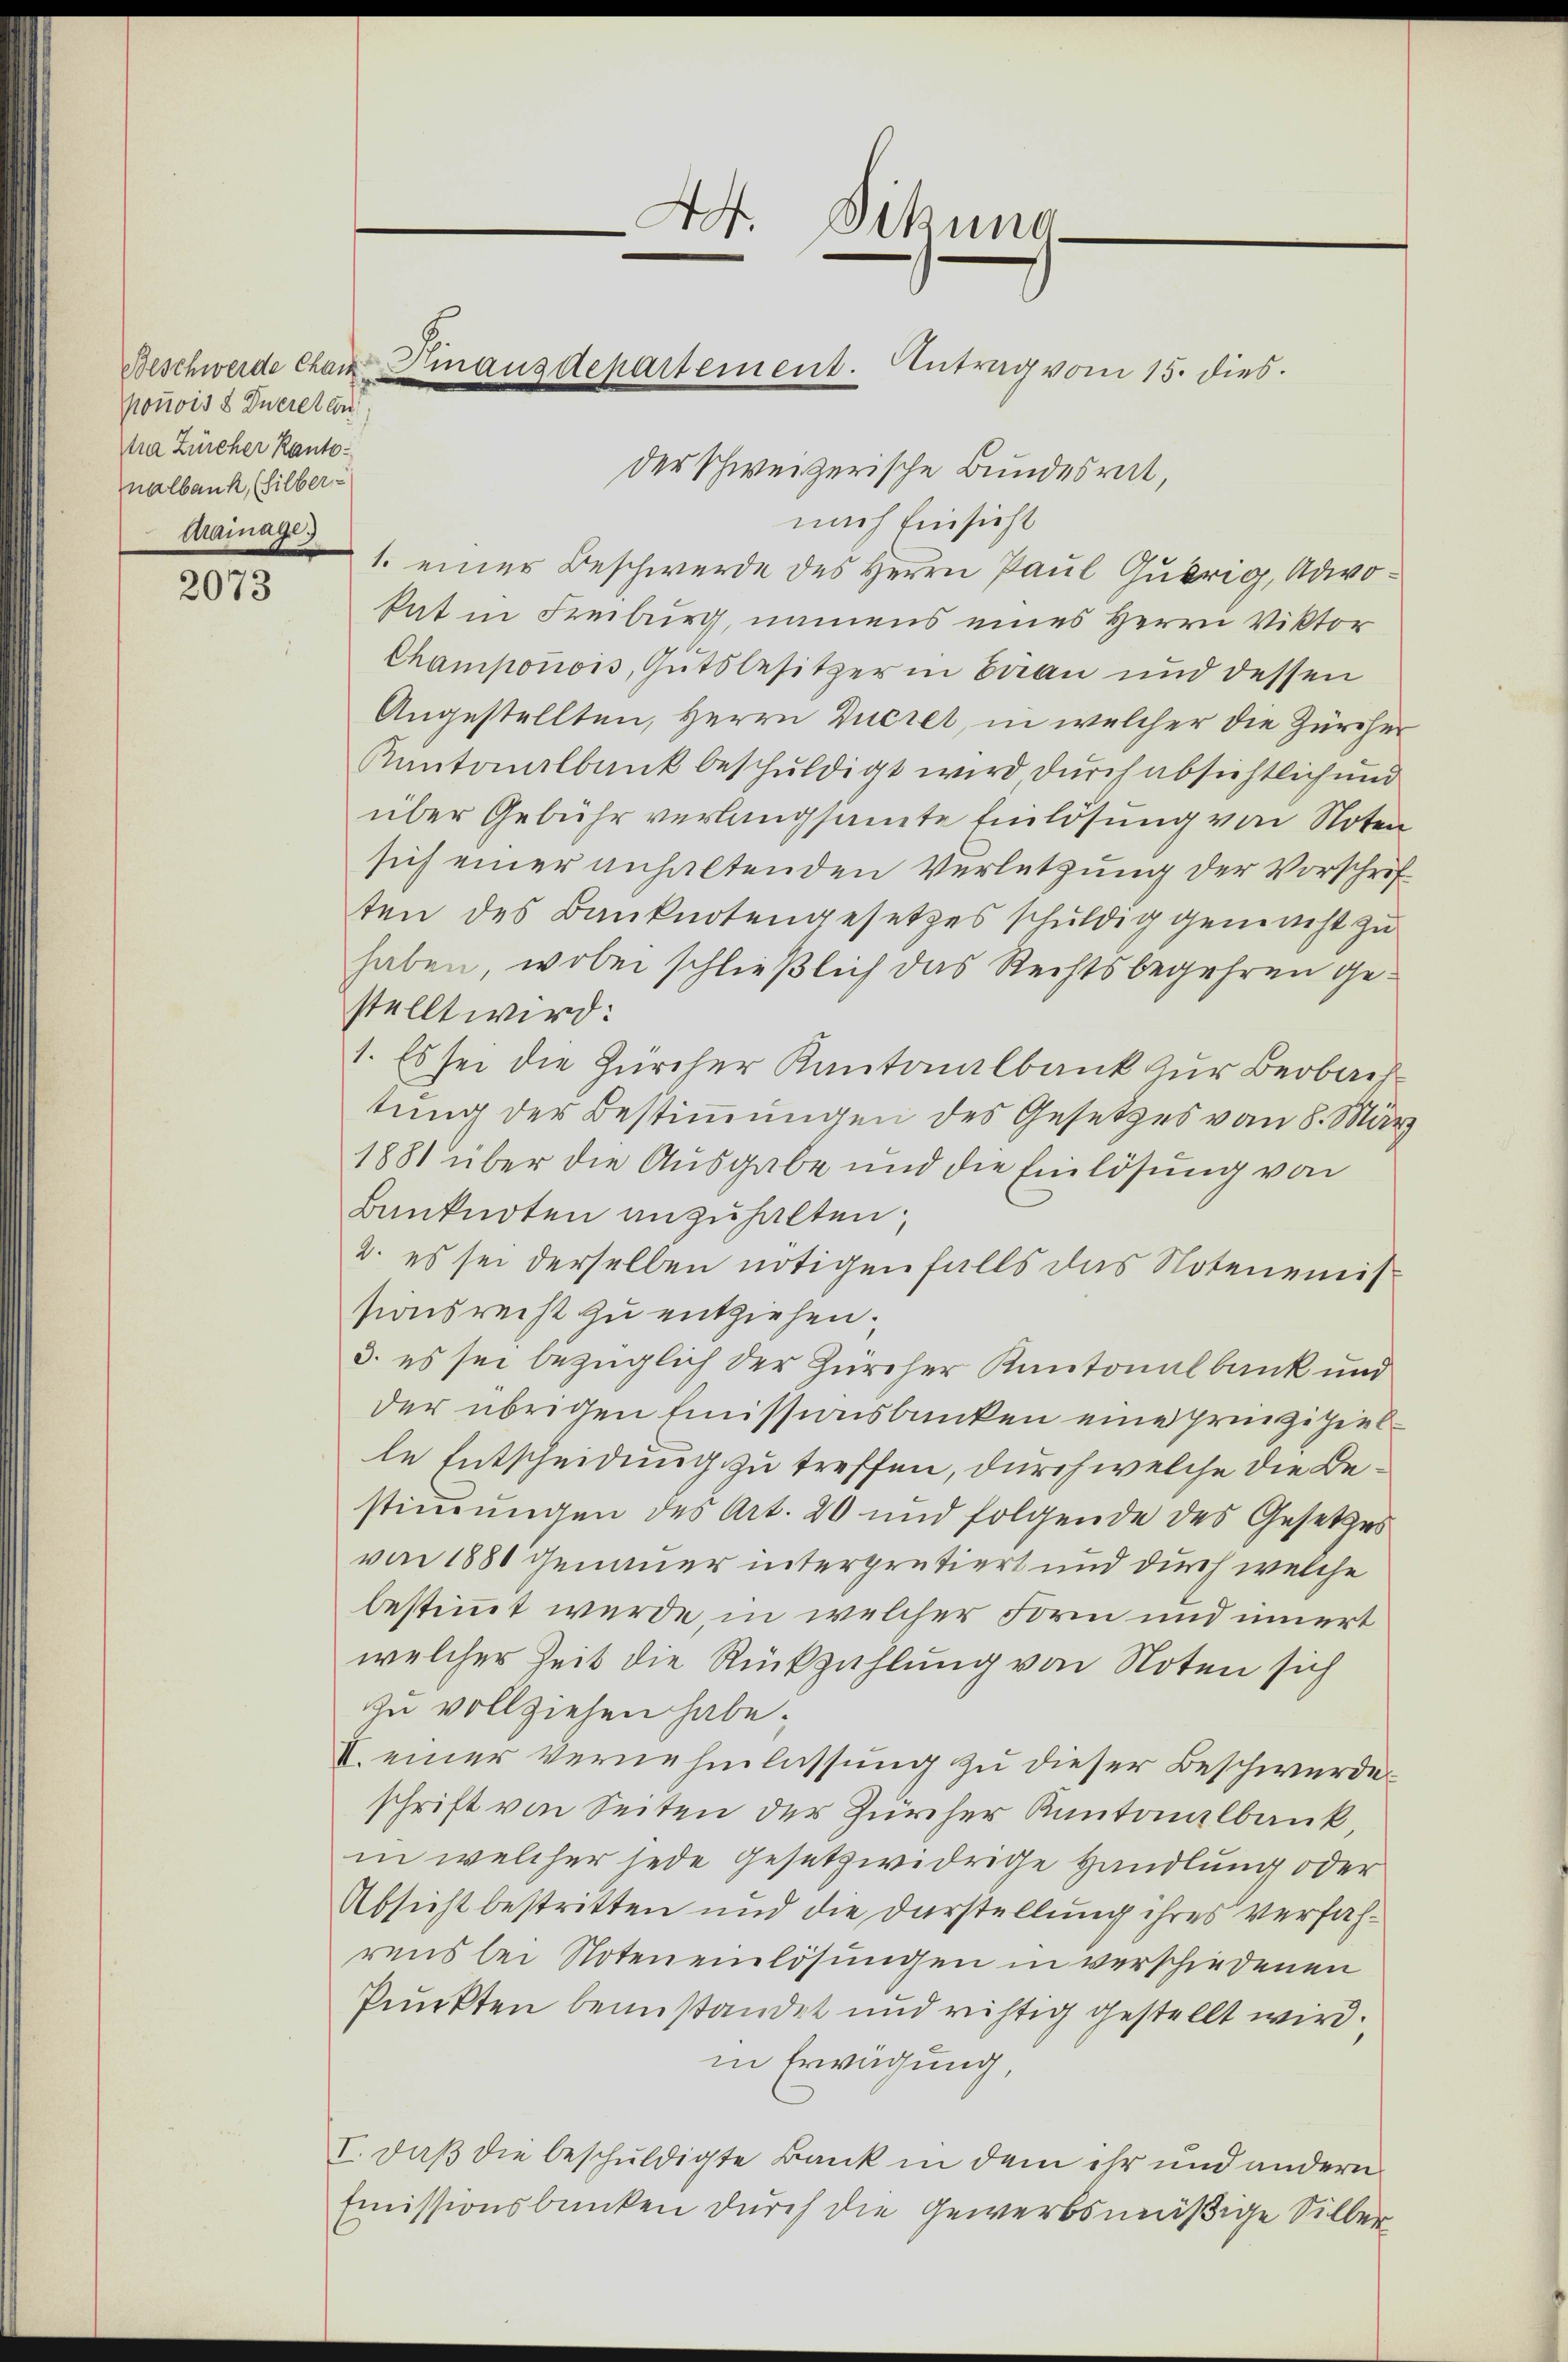
ponois 8 Zuereten
tra Zürcher Kantonalbank, (silber
crainage.

2073

der Schweizerische Bundesrat,
nach Einsicht
1. einer Beschwerde des Herrn Paul Gübrig, Adwokat in Freiburg, immens eines Herrn Viktor
Champonois, Gutsbesitzer in Frau und dessen
Angestellten, Herrn Ducret, in welcher die Zürcher
Kantonalbank beschuldigt wird, durch absichtlich und
über Gebühr verlangsamte Einlösung von Noten
sich einer anhaltenden Verletzung der Vorschrif
ten des Banknotengesetzes schuldig gemacht zu
haben, wobei schließlich das Rechtsbegehren gestellt wird:
1. Es sei die Zürcher Kantonalbank zur Beobachtung der Bestimmungen des Gesetzes vom 8. März
1881 über die Ausgabe und die Einlösung von
Banknoten anzuhalten;
2. es sei derselben nötigenfalls das Notenemis
sionsrecht zu entziehen.
3. es sei bezüglich der Zürcher Kantonalbank und
der übrigen Emissionsbanken eine prinzipielle Entscheidung zu treffen, durch welche die Bestimmungen des Art. 20 und folgende des Gesetzes
von 1880 genauer interpretiert und durch welche
bestimmt werde, in welcher Form und innert
welcher Zeit die Rückzahlung von Noten sich
zu vollziehen habe.
II. einer Vernehmlassung zu dieser Beschwerdeschrift von Seiten der Zürcher Kantonalbank,
in welcher jede gesetzwidrige Handlung oder
Absicht bestritten und die Darstellung ihres verfahrens bei Noteneinlösungen in verschiedenen
Punkten beanstandet und richtig gestellt wird.
in Erwägung,
I. daß die beschuldigte Bank in dem ihr und andern
Emissionsbanken durch die Gewerbsmäßige Silber

Beschwerde Cham Finanzdepartement. Antrag vom 15. dies

A. Sitzung